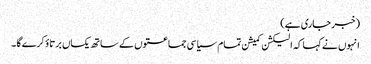
(خبر جاری ہے)
انہوں نے کہا کہ الیکشن کمیشن تمام سیاسی جماعتوں کے ساتھ یکساں برتاؤ کرے گا ۔